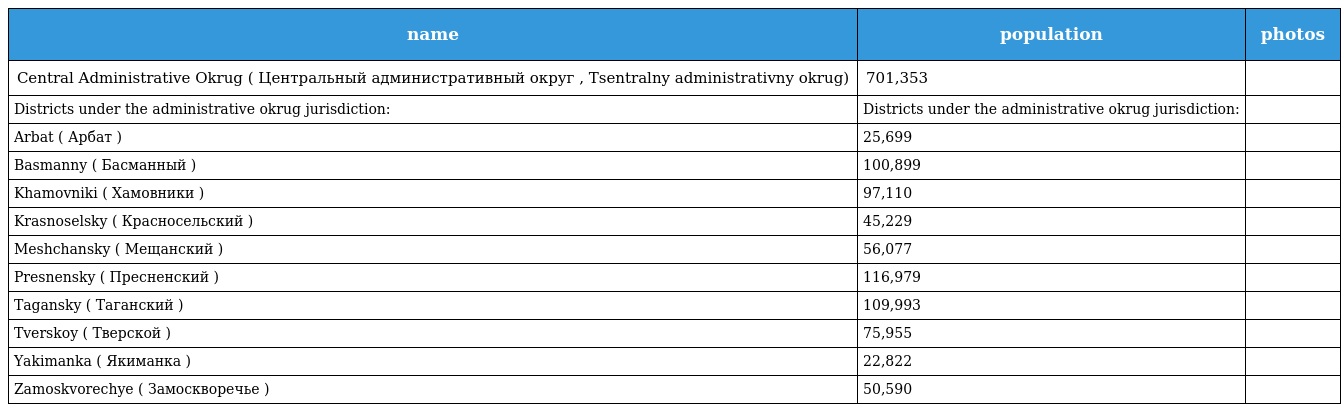
| name | population | photos |
 | --- | --- | --- |
 | Central Administrative Okrug ( Центральный административный округ , Tsentralny administrativny okrug) | 701,353 |  |
 | Districts under the administrative okrug jurisdiction: | Districts under the administrative okrug jurisdiction: |  |
 | Arbat ( Арбат ) | 25,699 |  |
 | Basmanny ( Басманный ) | 100,899 |  |
 | Khamovniki ( Хамовники ) | 97,110 |  |
 | Krasnoselsky ( Красносельский ) | 45,229 |  |
 | Meshchansky ( Мещанский ) | 56,077 |  |
 | Presnensky ( Пресненский ) | 116,979 |  |
 | Tagansky ( Таганский ) | 109,993 |  |
 | Tverskoy ( Тверской ) | 75,955 |  |
 | Yakimanka ( Якиманка ) | 22,822 |  |
 | Zamoskvorechye ( Замоскворечье ) | 50,590 |  |